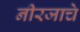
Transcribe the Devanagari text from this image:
नीरजाचे